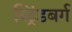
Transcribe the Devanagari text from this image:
स्ट्रिंडबर्ग